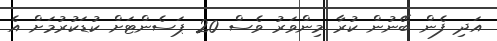
އަދި ފެން ބޭނުން ކުރާ މިންވަރު ވެސް 20 ޕަސެންޓަށް ކުޑަކުރުމަށް އެ